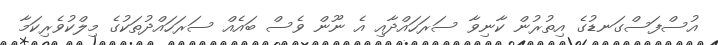
އުސްފަސްގަނޑުގެ އިތުރުން ކާނިވާ ސަރަހައްދާއި އެ ނޫން ވެސް ބައެއް ސަރަހައްދުތަކުގެ މިލްކުވެރިކަމާ